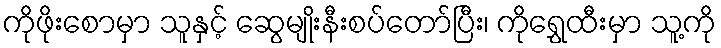
ကိုဖိုးစောမှာ သူနှင့် ဆွေမျိုးနီးစပ်တော်ပြီး၊ ကိုရွှေထီးမှာ သူ့ကို